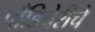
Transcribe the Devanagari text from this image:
पाँडिचेरीचे